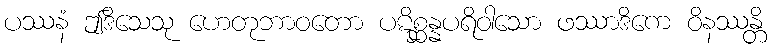
ပဿနံ ဤဒိသေသု ဟေတုဘာဝတော ပဋိစ္ဆန္နပရိဝါသော ဖဿာဒိကေ ဝိနဿန္တိ